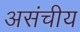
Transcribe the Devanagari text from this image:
असंचीय